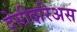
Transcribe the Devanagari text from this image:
देसीदरिअस